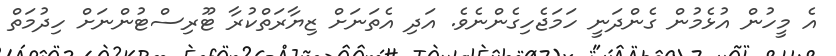
އެ މީހުން އުޅެމުން ގެންދަނީ ހަމަޖެހިގެންނެވެ. އަދި އެތަނަށް ޒިޔާރަތްކުރާ ޓޫރިސްޓުންނަށް ހިދުމަތް